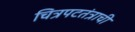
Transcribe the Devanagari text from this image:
चित्रपटतंत्राची